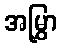
အမြွှာ